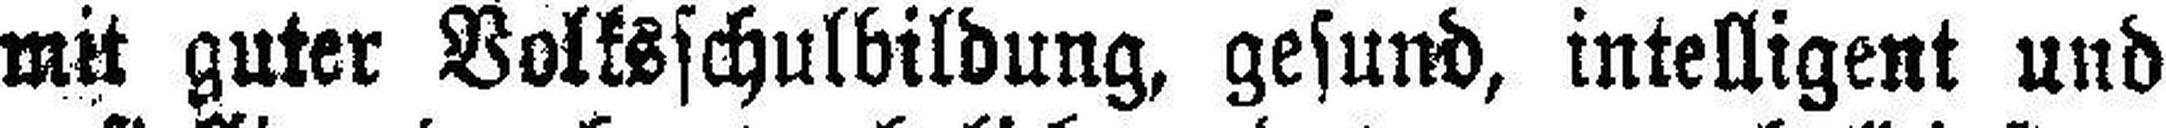
mit guter Volksschulbildung, gesund, intelligent und